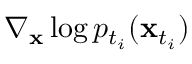
\nabla _ { \mathbf { x } } \log p _ { t _ { i } } ( \mathbf { x } _ { t _ { i } } )